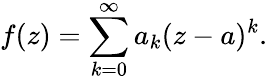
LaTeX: f(z)=\sum_{k=0}^{\infty}a_{k}(z-a)^{k}.